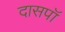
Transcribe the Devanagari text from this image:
दासपॉ